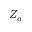
Z _ { a }